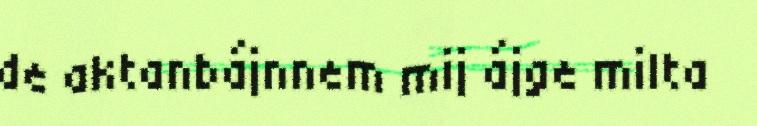
de aktanbájnnem mij ájge milta